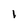
Character: I